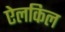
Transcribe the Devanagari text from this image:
ऐलकिल